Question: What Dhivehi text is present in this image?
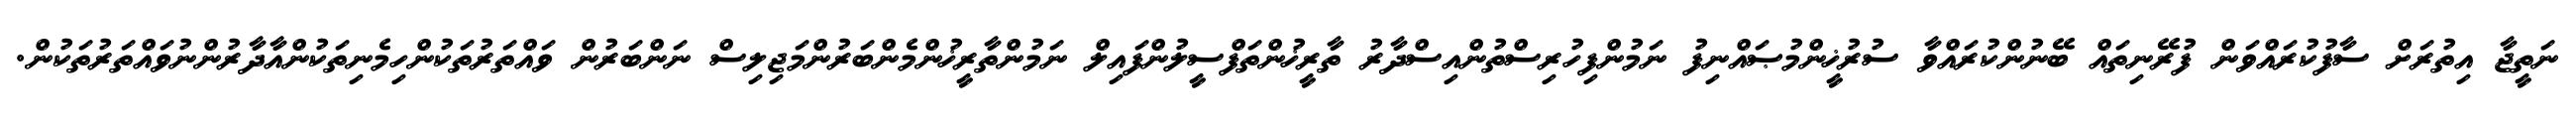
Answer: ނަތީޖާ އިތުރަށް ސާފުކުރައްވަން ފުރޭނިތައް ބޭނުންކުރައްވާ ސުރުޚީންމުޞައްނިފު ނަމުންފިހުރިސްތުންއިސްދާރު ތާރީޚުންތަފްސީލުންފައިލް ނަމުންތާރީޚުންމެންބަރުންމަޖިލިސް ނަންބަރުން ވައްތަރުތަކުންހިމެނިތަކުންއާދާރުންނުވައްތަރުތަކުން.